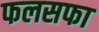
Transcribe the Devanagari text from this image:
फलसफा